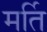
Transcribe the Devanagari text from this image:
मर्ति